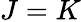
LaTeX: J=K